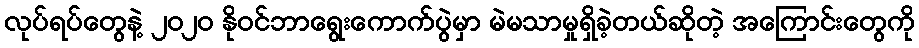
လုပ်ရပ်တွေနဲ့ ၂၀၂၀ နိုဝင်ဘာရွေးကောက်ပွဲမှာ မဲမသာမှုရှိခဲ့တယ်ဆိုတဲ့ အကြောင်းတွေကို